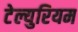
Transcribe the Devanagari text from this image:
टेल्युरियम